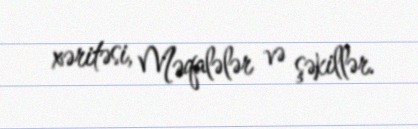
xəritəsi, Məqalələr və şəkillər.